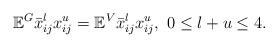
LaTeX: \begin{align*} \mathbb{E}^G\bar{x}_{ij}^l x_{ij}^u=\mathbb{E}^V \bar{x}_{ij}^l x_{ij}^u, \ 0 \leq l+u \leq 4.\end{align*}